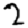
Digit: 2